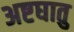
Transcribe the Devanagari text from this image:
अष्टघातु